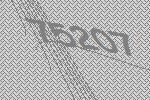
75207